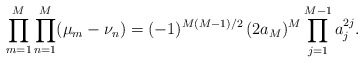
\begin{align*}\prod_{m=1}^M\prod_{n=1}^M(\mu_m-\nu_n)= (-1)^{M(M-1)/2}\,(2 a_M)^M \prod_{j=1}^{M-1}a_j^{2j}.\end{align*}